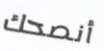
أنصحك